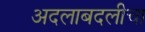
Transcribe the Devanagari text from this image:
अदलाबदलीचा